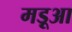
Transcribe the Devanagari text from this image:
मड़ूआ